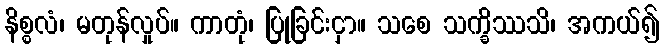
နိစ္စလံ၊ မတုန်လှုပ်။ ကာတုံ၊ ပြုခြင်းငှာ။ သစေ သက္ခိဿသိ၊ အကယ်၍